Subject: cs
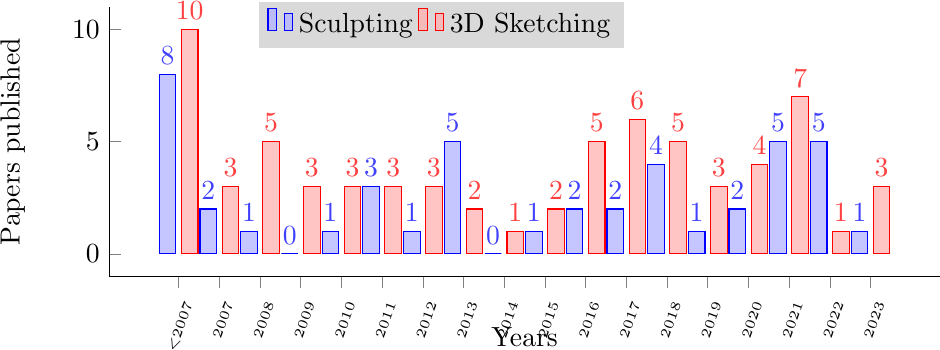
LaTeX code:
     \begin{tikzpicture}
     \begin{axis}[ybar,
    width=\textwidth, height=5 cm,
    enlarge x limits = 0.1,
    legend style={at={(0.4,1.02)},anchor=north,legend columns=-1, fill=gray!30!white, draw=none},
    symbolic x coords = {<2007, 2007, 2008, 2009, 2010, 2011, 2012, 2013, 2014, 2015, 2016, 2017, 2018, 2019, 2020, 2021, 2022, 2023},
    axis x line*=bottom,
    axis y line*=left,
    bar width=6pt,
    ylabel={Papers published},
    xlabel={Years},
    xtick=data,
    nodes near coords,
    nodes near coords align={auto},
    every axis plot/.append style={fill,fill opacity=0.75},
    x tick label style = {font = \tiny, align = center, rotate = 70, anchor = north east},]
    \addplot coordinates{(<2007,8) (2007,2) (2008,1) (2009,0) (2010,1) (2011,3) (2012,1) (2013,5) (2014,0) (2015,1) (2016,2) (2017,2) (2018,4) (2019,1) (2020,2) (2021,5) (2022,5) (2023,1)};
    \addplot coordinates{(<2007,10) (2007,3) (2008,5) (2009,3) (2010,3) (2011,3) (2012,3) (2013,2) (2014,1) (2015,2) (2016,5) (2017,6) (2018,5) (2019,3) (2020,4) (2021,7) (2022,1) (2023,3)};
     \legend{Sculpting, 3D Sketching}
     \end{axis}
     \end{tikzpicture} \\